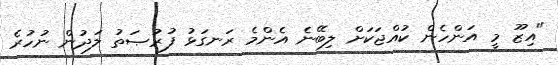
"އިޒޫ މީ އަންހެން ކުއްޖަކަށް ލިބޭނެ އެންމެ ރަނގަޅު ފުރުޞަތު ލަދުން ނުހުރެ